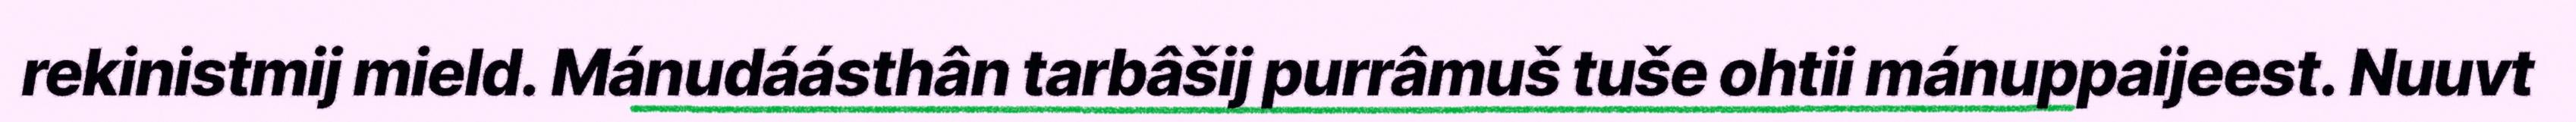
rekinistmij mield. Mánudáásthân tarbâšij purrâmuš tuše ohtii mánuppaijeest. Nuuvt